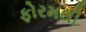
ફોરમથી